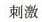
刺激